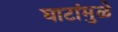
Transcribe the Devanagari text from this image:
घाटांमुळे